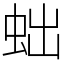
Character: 䖦